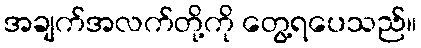
အချက်အလက်တို့ကို တွေ့ရပေသည်။